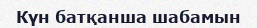
Күн батқанша шабамын